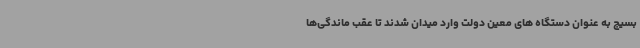
بسیج به عنوان دستگاه های معین دولت وارد میدان شدند تا عقب ماندگی‌ها